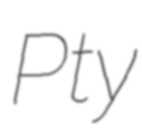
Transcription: Pty